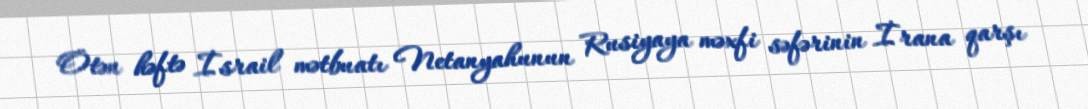
Ötən həftə İsrail mətbuatı Netanyahunun Rusiyaya məxfi səfərinin İrana qarşı